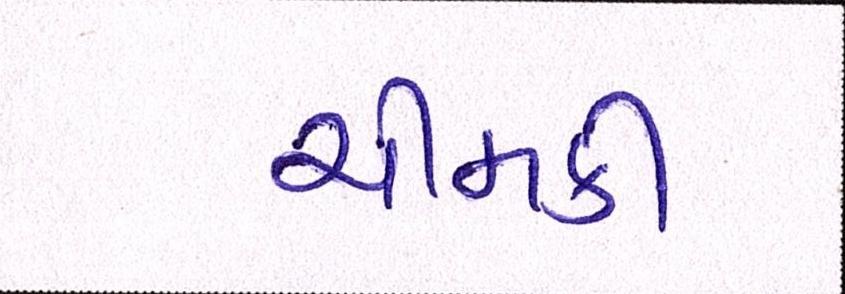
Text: ચીમકી